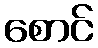
စောင်